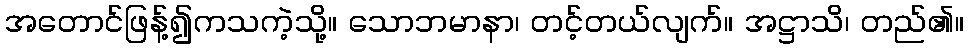
အတောင်ဖြန့်၍ကသကဲ့သို့။ သောဘမာနာ၊ တင့်တယ်လျက်။ အဋ္ဌာသိ၊ တည်၏။